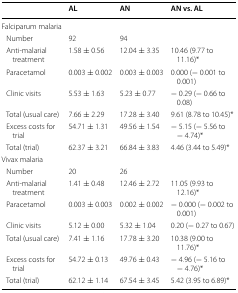
<table><thead><tr><td></td><td><b>AL</b></td><td><b>AN</b></td><td><b>AN vs. AL</b></td></tr></thead><tbody><tr><td colspan="4">Falciparum malaria</td></tr><tr><td> Number</td><td>92</td><td>94</td><td></td></tr><tr><td> Anti-malarial treatment</td><td>1.58 ± 0.56</td><td>12.04 ± 3.35</td><td>10.46 (9.77 to 11.16)*</td></tr><tr><td> Paracetamol</td><td>0.003 ± 0.002</td><td>0.003 ± 0.003</td><td>0.000 (− 0.001 to 0.001)</td></tr><tr><td> Clinic visits</td><td>5.53 ± 1.63</td><td>5.23 ± 0.77</td><td>− 0.29 (− 0.66 to 0.08)</td></tr><tr><td> Total (usual care)</td><td>7.66 ± 2.29</td><td>17.28 ± 3.40</td><td>9.61 (8.78 to 10.45)*</td></tr><tr><td> Excess costs for trial</td><td>54.71 ± 1.31</td><td>49.56 ± 1.54</td><td>− 5.15 (− 5.56 to − 4.74)*</td></tr><tr><td> Total (trial)</td><td>62.37 ± 3.21</td><td>66.84 ± 3.83</td><td>4.46 (3.44 to 5.49)*</td></tr><tr><td colspan="4">Vivax malaria</td></tr><tr><td> Number</td><td>20</td><td>26</td><td></td></tr><tr><td> Anti-malarial treatment</td><td>1.41 ± 0.48</td><td>12.46 ± 2.72</td><td>11.05 (9.93 to 12.16)*</td></tr><tr><td> Paracetamol</td><td>0.003 ± 0.003</td><td>0.002 ± 0.002</td><td>− 0.000 (− 0.002 to 0.001)</td></tr><tr><td> Clinic visits</td><td>5.12 ± 0.00</td><td>5.32 ± 1.04</td><td>0.20 (− 0.27 to 0.67)</td></tr><tr><td> Total (usual care)</td><td>7.41 ± 1.16</td><td>17.78 ± 3.20</td><td>10.38 (9.00 to 11.76)*</td></tr><tr><td> Excess costs for trial</td><td>54.72 ± 0.13</td><td>49.76 ± 0.43</td><td>− 4.96 (− 5.16 to − 4.76)*</td></tr><tr><td> Total (trial)</td><td>62.12 ± 1.14</td><td>67.54 ± 3.45</td><td>5.42 (3.95 to 6.89)*</td></tr></tbody></table>